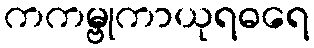
ကကမ္ဗုကာယုရဓရေ